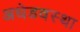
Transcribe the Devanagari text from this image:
अधेडवस्था